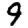
Digit: 9